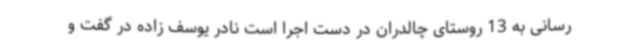
رسانی به 13 روستای چالدران در دست اجرا است نادر یوسف زاده در گفت و